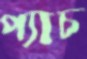
প্যাচ